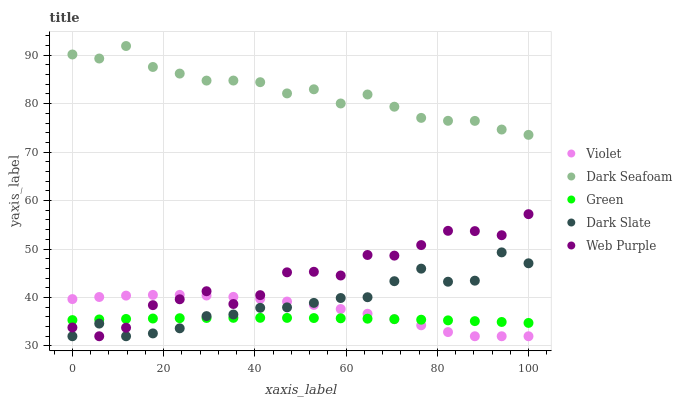
| xaxis_label | Violet | Dark Seafoam | Green | Dark Slate | Web Purple |
 | --- | --- | --- | --- | --- | --- |
 | 0 | 39.7 | 90.2 | 35.3 | 32 | 33.8 |
 | 5.88 | 40.1 | 89.3 | 35.5 | 34.6 | 32 |
 | 11.8 | 40.4 | 91.9 | 35.6 | 32 | 33.8 |
 | 17.6 | 40.5 | 87.6 | 35.7 | 32.6 | 38.4 |
 | 23.5 | 40.5 | 86.2 | 35.7 | 33.6 | 39.6 |
 | 29.4 | 40.4 | 84.8 | 35.8 | 36.2 | 41.3 |
 | 35.3 | 40.1 | 84.8 | 35.8 | 36.5 | 38.7 |
 | 41.2 | 39.7 | 84.4 | 35.8 | 37.9 | 40.5 |
 | 47.1 | 39.2 | 82.1 | 35.8 | 38 | 45.2 |
 | 52.9 | 38.5 | 83 | 35.8 | 38.9 | 45.3 |
 | 58.8 | 37.6 | 80 | 35.7 | 39.9 | 44.5 |
 | 64.7 | 36.6 | 81.9 | 35.6 | 40.1 | 48.8 |
 | 70.6 | 35.5 | 79.4 | 35.5 | 43.4 | 48.6 |
 | 76.5 | 34.3 | 77.1 | 35.4 | 46 | 50.8 |
 | 82.4 | 32.9 | 76.5 | 35.3 | 43.3 | 53.8 |
 | 88.2 | 32 | 76.4 | 35.1 | 43.5 | 53.7 |
 | 94.1 | 32 | 74.7 | 34.9 | 49.3 | 52.9 |
 | 100 | 32 | 73.6 | 34.8 | 47.1 | 57.2 |